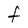
Character: F